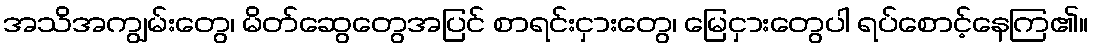
အသိအကျွမ်းတွေ၊ မိတ်ဆွေတွေအပြင် စာရင်းငှားတွေ၊ မြေငှားတွေပါ ရပ်စောင့်နေကြ၏။